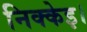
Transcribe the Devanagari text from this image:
निक्केइ।